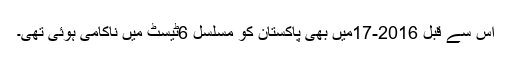
اس سے قبل 2016-17میں بھی پاکستان کو مسلسل 6ٹیسٹ میں ناکامی ہوئی تھی۔